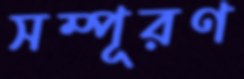
সম্পূরণ